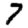
Digit: 7